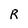
Character: R